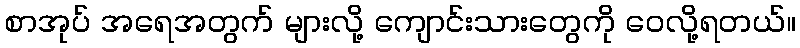
စာအုပ် အရေအတွက် များလို့ ကျောင်းသားတွေကို ဝေလို့ရတယ်။